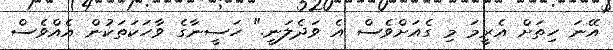
އޭނަ ހިތަށް އެރީމަ މި ގެއަށްވެސް އެ ވަދެލަނީ." ހަސީނާގެ ވާހަކަތަކުން އެއްވެސް